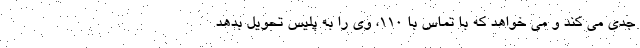
جدی می کند و می خواهد که با تماس با 110، وی را به پلیس تحویل بدهد